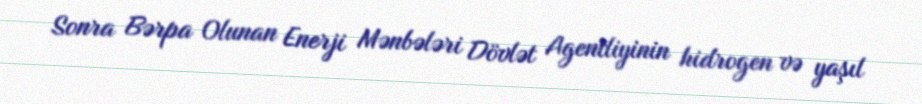
Sonra Bərpa Olunan Enerji Mənbələri Dövlət Agentliyinin hidrogen və yaşıl